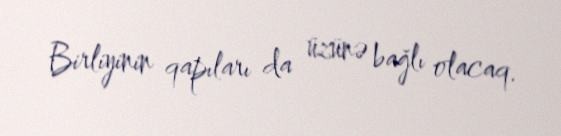
Birliyinin qapıları da üzünə bağlı olacaq.